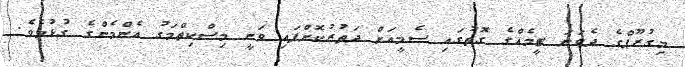
މިގުރޫޕްގެ ދެވަނަ ޓީމެއްގެ ގޮތުގައި ސެމީއަށް ދަތުރުކޮށްފައި ވަނީ މިސްކިތްމަގު އެންމެންގެ ގުޅުމެވެ.